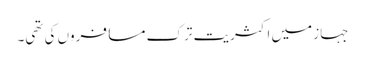
جہاز میں اکثریت ترک مسافروں کی تھی۔